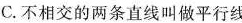
C.不相交的两条直线叫做平行线